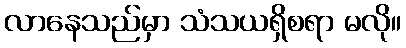
လာနေသည်မှာ သံသယရှိစရာ မလို။